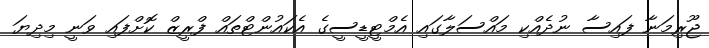
ޖޫރިމަނާ ފައިސާ ނުދެއްކި މައްސަލާގައި އެމްޓީޑީސީގެ އެކައުންޓްތައް ފްރީޒް ކޮށްފައި ވަނީ މިދިޔަ